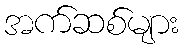
အက်ဆစ်များ